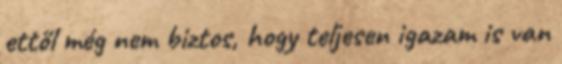
ettől még nem biztos, hogy teljesen igazam is van